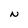
Character: N